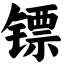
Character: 镖